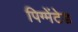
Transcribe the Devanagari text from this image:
पिग्मेंटेड